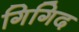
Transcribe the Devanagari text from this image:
गिगिद